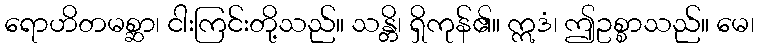
ရောဟိတမစ္ဆာ၊ ငါးကြင်းတို့သည်။ သန္တိ၊ ရှိကုန်၏။ ဣဒံ၊ ဤဥစ္စာသည်။ မေ၊